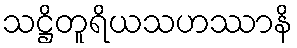
သဋ္ဌိတူရိယသဟဿာနိ